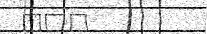
١٠٦